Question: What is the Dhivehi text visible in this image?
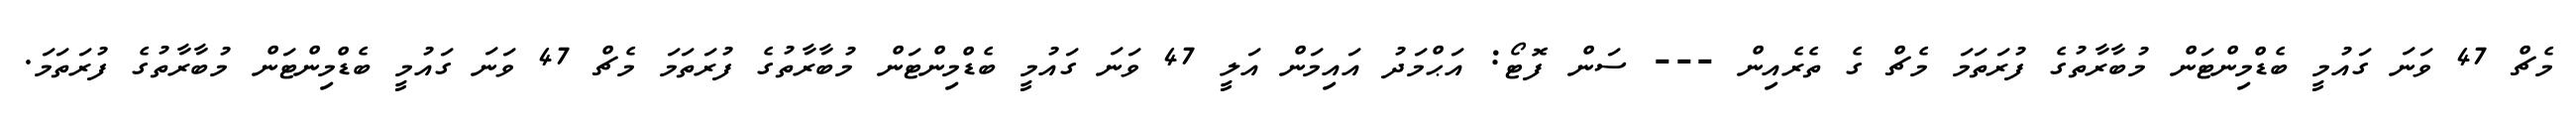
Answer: މެޗް 47 ވަނަ ގައުމީ ބެޑްމިންޓަން މުބާރާތުގެ ފުރަތަމަ މެޗް ގެ ތެރެއިން --- ސަން ފޮޓޯ: އަޙްމަދު އައިމަން އަލީ 47 ވަނަ ގައުމީ ބެޑްމިންޓަން މުބާރާތުގެ ފުރަތަމަ މެޗް 47 ވަނަ ގައުމީ ބެޑްމިންޓަން މުބާރާތުގެ ފުރަތަމަ.